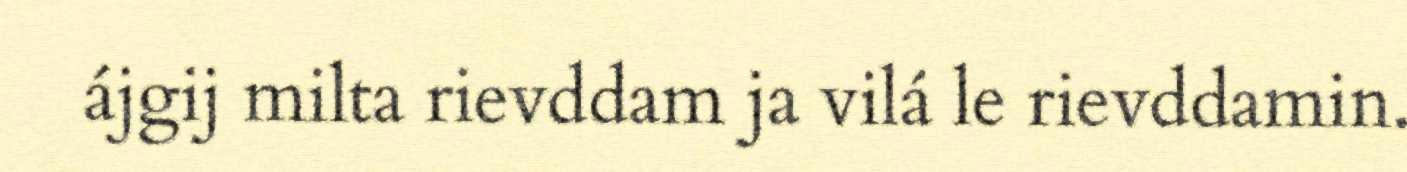
ájgij milta rievddam ja vilá le rievddamin.